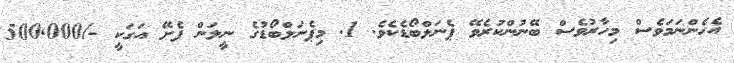
އެހެންނަމަވެސް މިހާރުވެސް ބޭނުންކުރެވޭ ޕެނަލްބޯޑެކެވެ. 1. މިޕެނަލްބޯޑުގެ ނީލަން ފެށޭ އަގަކީ -/500